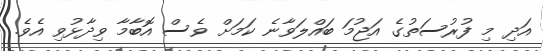
އަދި މި ފުރުސަތުގެ އަޖުމަ ބައްލަވާނެ ކަމަށް ވެސް އޮބާމާ ވިދާޅުވި އެވެ.